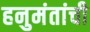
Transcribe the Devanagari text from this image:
हनुमंतांची